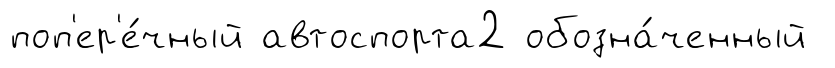
поп'ер'е́чный автоспорта2 обозна́ченный